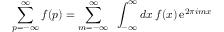
\sum _ { p = - \infty } ^ { \infty } f ( p ) = \sum _ { m = - \infty } ^ { \infty } \; \; \int _ { - \infty } ^ { \infty } d x \, f ( x ) \, \mathrm { e } ^ { 2 \pi i m x }